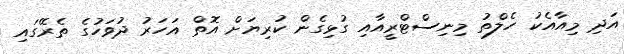
އަދި މިއާއެކު ހެލްތު މިނިސްޓްރީއާއި ގުޅިގެން ކުރިޔަށް އޮތް އަހަރު ދުވަހުގެ ތެރޭގައި